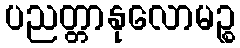
ပညတ္တာနုလောမဉ္စ